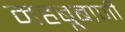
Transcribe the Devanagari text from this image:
महबूबाणी